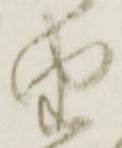
由